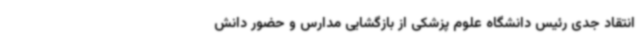
انتقاد جدی رئیس دانشگاه علوم پزشکی از بازگشایی مدارس و حضور دانش